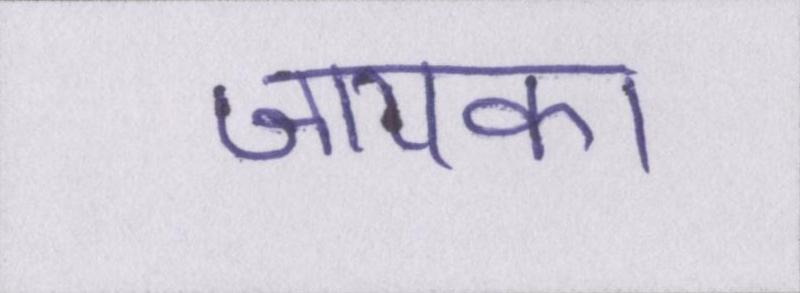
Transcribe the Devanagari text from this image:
जायका